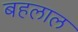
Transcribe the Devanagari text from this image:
बहलाल